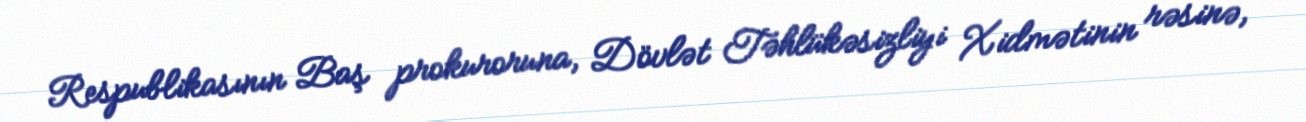
Respublikasının Baş prokuroruna, Dövlət Təhlükəsizliyi Xidmətinin rəsinə,